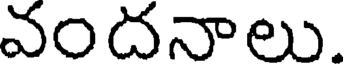
వందనాలు.